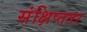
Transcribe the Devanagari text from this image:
संक्षिप्ततर